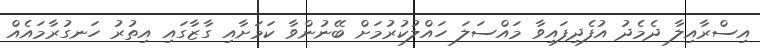
އިސްރާއިލާ ދެމެދު އުފެދިފައިވާ މައްސަލަ ހައްލުކުރުމަށް ބޭނުންވާ ކަމަށާއި ގާޒާގައި އިތުރު ހަނގުރާމައެއް